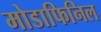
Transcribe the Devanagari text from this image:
मोडाफिनिल